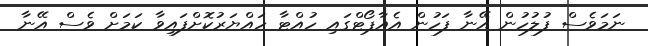
ނަމަވެސް ފުލުހުން އޭނާ ފަހުން އެއާޕޯޓްގައި ހުއްޓާ ހައްޔަރުކޮށްފައިވާ ކަމަށް ވެސް އޭނާ